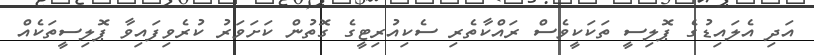
އަދި އެލައިޑުގެ ޕޮލިސީ ތަކަކީވެސް ރައްކާތެރި ސެކިއުރިޓީގެ ގޮތުން ކަށަވަރު ކުރެވިފައިވާ ޕޮލިސީތަކެއް